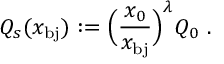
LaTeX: Q _ { s } ( x _ { \mathrm { b j } } ) : = \Big ( \frac { x _ { 0 } } { x _ { \mathrm { b j } } } \Big ) ^ { \lambda } Q _ { 0 } \ .